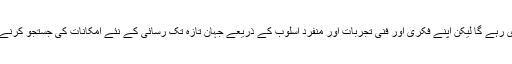
ادبی نشستوں اور مشاعروں کے انعقاد کا سلسلہ بھی جاری رہے گا لیکن اپنے فکری اور فنی تجربات اور منفرد اسلوب کے ذریعے جہان تازہ تک رسائی کے نئے امکانات کی جستجو کرنے والا ایسا زیرک تخلیق کار بڑی مشکل سے پیدا ہوتا ہے۔